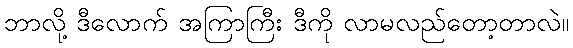
ဘာလို့ ဒီလောက် အကြာကြီး ဒီကို လာမလည်တော့တာလဲ။